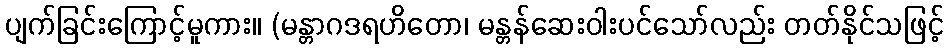
ပျက်ခြင်းကြောင့်မူကား။ (မန္တာဂဒရဟိတော၊ မန္တန်ဆေးဝါးပင်သော်လည်း တတ်နိုင်သဖြင့်